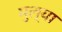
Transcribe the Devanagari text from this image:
मुल्या